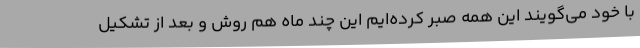
با خود می‌گویند این همه صبر کرده‌ایم این چند ماه هم روش و بعد از تشکیل